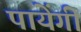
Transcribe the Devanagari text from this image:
पायेंगी